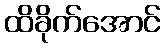
ထိခိုက်အောင်